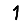
Digit: 1